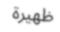
ظھيرة